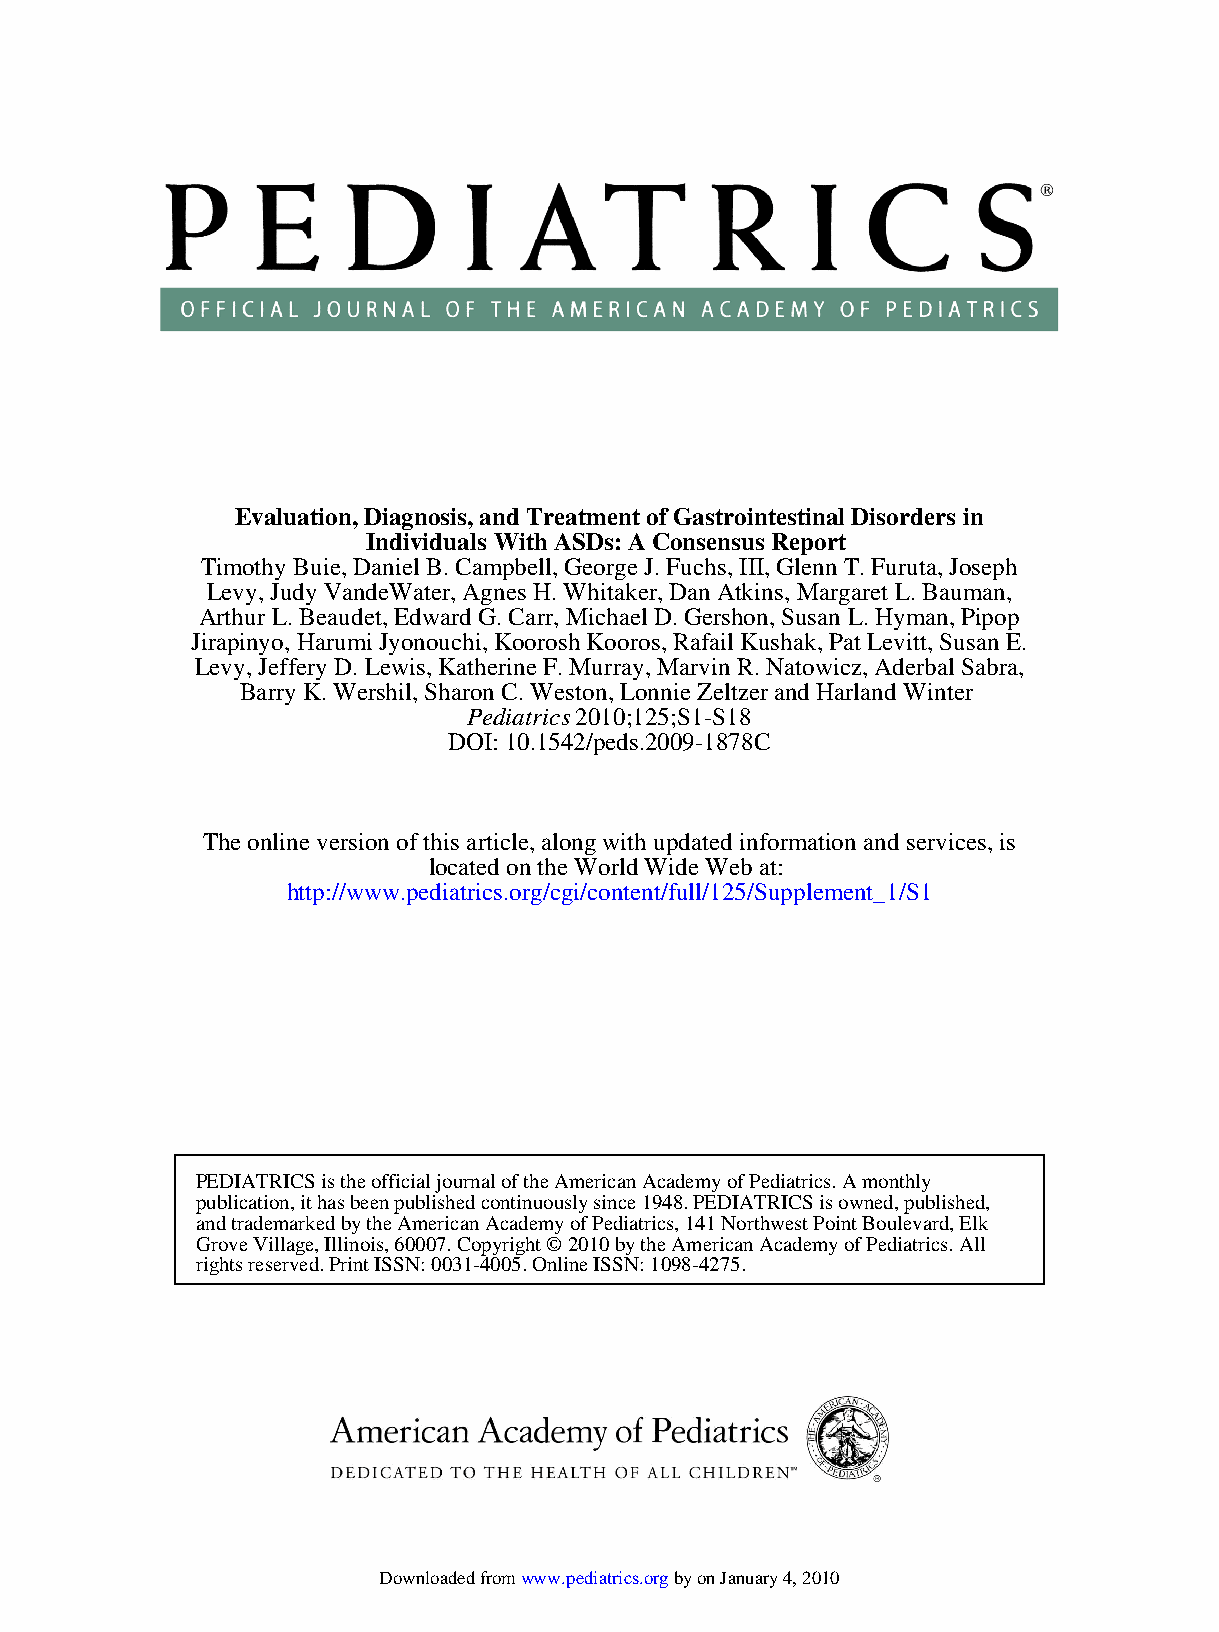
Evaluation, Diagnosis, and Treatment of Gastrointestinal Disorders in
 Individuals With ASDs: A Consensus Report
 Timothy Buie, Daniel B. Campbell, George J. Fuchs, III, Glenn T. Furuta, Joseph
 Levy, Judy VandeWater, Agnes H. Whitaker, Dan Atkins, Margaret L. Bauman,
 Arthur L. Beaudet, Edward G. Carr, Michael D. Gershon, Susan L. Hyman, Pipop
 Jirapinyo, Harumi Jyonouchi, Koorosh Kooros, Rafail Kushak, Pat Levitt, Susan E.
 Levy, Jeffery D. Lewis, Katherine F. Murray, Marvin R. Natowicz, Aderbal Sabra,
 Barry K. Wershil, Sharon C. Weston, Lonnie Zeltzer and Harland Winter
 Pediatrics 2010;125;S1-S18
 DOI: 10.1542/peds.2009-1878C
 The online version of this article, along with updated information and services, is
 located on the World Wide Web at:
 http://www.pediatrics.org/cgi/content/full/125/Supplement_1/S1
 PEDIATRICS is the official journal of the American Academy of Pediatrics. A monthly
 publication, it has been published continuously since 1948. PEDIATRICS is owned, published,
 and trademarked by the American Academy of Pediatrics, 141 Northwest Point Boulevard, Elk
 Grove Village, Illinois, 60007. Copyright © 2010 by the American Academy of Pediatrics. All
 rights reserved. Print ISSN: 0031-4005. Online ISSN: 1098-4275.
 Downloaded from www.pediatrics.org by on January 4, 2010